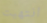
انتهيت